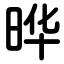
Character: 晔